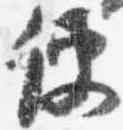
使